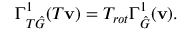
\Gamma _ { T \hat { G } } ^ { 1 } ( T \mathbf { v } ) = T _ { r o t } \Gamma _ { \hat { G } } ^ { 1 } ( \mathbf { v } ) .